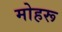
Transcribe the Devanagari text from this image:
मोहरू